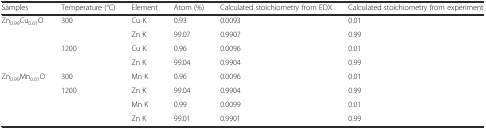
<table><thead><tr><td><b>Samples</b></td><td><b>Temperature (°C)</b></td><td><b>Element</b></td><td><b>Atom (%)</b></td><td><b>Calculated stoichiometry from EDX</b></td><td><b>Calculated stoichiometry from experiment</b></td></tr></thead><tbody><tr><td rowspan="4">Zn<sub>0.99</sub>Cu<sub>0.01</sub>O</td><td rowspan="2">300</td><td>Cu K</td><td>0.93</td><td>0.0093</td><td>0.01</td></tr><tr><td>Zn K</td><td>99.07</td><td>0.9907</td><td>0.99</td></tr><tr><td rowspan="2">1200</td><td>Cu K</td><td>0.96</td><td>0.0096</td><td>0.01</td></tr><tr><td>Zn K</td><td>99.04</td><td>0.9904</td><td>0.99</td></tr><tr><td rowspan="4">Zn<sub>0.99</sub>Mn<sub>0.01</sub>O</td><td>300</td><td>Mn K</td><td>0.96</td><td>0.0096</td><td>0.01</td></tr><tr><td rowspan="3">1200</td><td>Zn K</td><td>99.04</td><td>0.9904</td><td>0.99</td></tr><tr><td>Mn K</td><td>0.99</td><td>0.0099</td><td>0.01</td></tr><tr><td>Zn K</td><td>99.01</td><td>0.9901</td><td>0.99</td></tr></tbody></table>